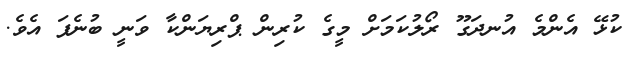
ކުޅޭ އެންމެ އުނދަގޫ ރޯލުކަމަށް މީގެ ކުރިން ޕްރިޔަންކާ ވަނީ ބުނެފަ އެވެ.